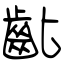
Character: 齔